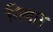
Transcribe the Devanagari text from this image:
निबार